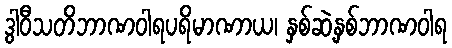
ဒွါဝီသတိဘာဏဝါရပရိမာဏာယ၊ နှစ်ဆဲ့နှစ်ဘာဏဝါရ